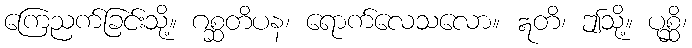
ကြေညက်ခြင်းသို့။ ဂစ္ဆတိပန၊ ရောက်လေသလော။ ဣတိ၊ ဤသို့။ ပုစ္ဆိ၊